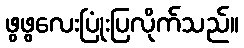
ဖွဖွလေးပြုံးပြလိုက်သည်။